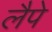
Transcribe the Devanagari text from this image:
लैपे